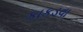
કાકડવા